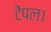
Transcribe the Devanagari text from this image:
टेंपल।